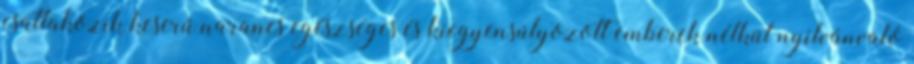
csatlakozik keserű narancs egészséges és kiegyensúlyozott emberek nélkül nyilvánvaló